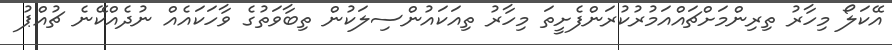
އޭކަލޯ މިހާރު ތިރިންމަށްޗައްއަމުރުކުރަންފެށީތަ މިހާރު ތިއަކައުންސިލަކުން ތިބާވަތުގެ ވާހަކައެއް ނުދެއްކޭނެ ޗުއްޕު